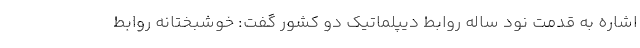
اشاره به قدمت نود ساله روابط دیپلماتیک دو کشور گفت: خوشبختانه روابط